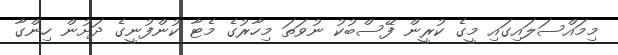
މިމައްސަލައިގައި މީގެ ކުރީން ފޭސްބުކު ނުވަތަ މިހާރުގެ މެޓާ ކުންފުނީގެ ދަށުން ހިންގާ